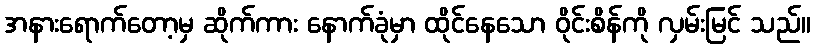
အနားရောက်တော့မှ ဆိုက်ကား နောက်ခုံမှာ ထိုင်နေသော ဝိုင်းစိန်ကို လှမ်းမြင် သည်။